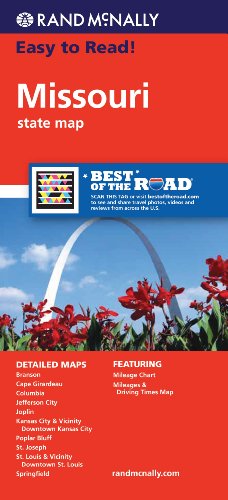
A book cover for Rand McNally Easy To Read: Missouri State Map; Rand McNally; Travel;